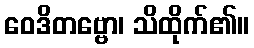
ဝေဒိတဗ္ဗော၊ သိထိုက်၏။